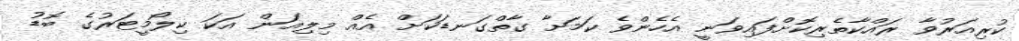
ކުރިއަރުވާ ރައްކާތެރިކޮށްފައިވަނީ އެހެންވެ ކަމަށާ ގާތްގަނޑަކަށް އެއް މިލިއަން އަކަ ކިލޯމީޓަރުގެ ބޮޑު